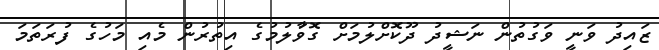
ޒައިދު ވަނީ ވަގުތުން ނަޝީދު ދޫކޮށްލުމަށް ގޮވާުލުމުގެ އިތުރުން މެއި މަހުގެ ފުރަތަމަ